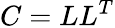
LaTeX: C=LL^{T}